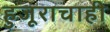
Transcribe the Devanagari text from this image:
हुजूराचाही